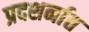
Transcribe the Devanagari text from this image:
प्रदशर्नात